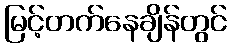
မြင့်တက်နေချိန်တွင်